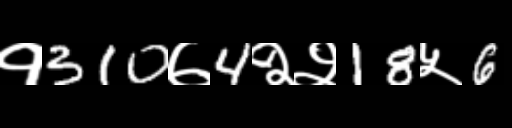
Text: १310७4२२18५6